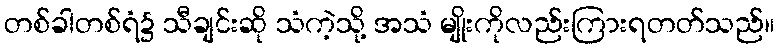
တစ်ခါတစ်ရံ၌ သီချင်းဆို သံကဲ့သို့ အသံ မျိုးကိုလည်းကြားရတတ်သည်။